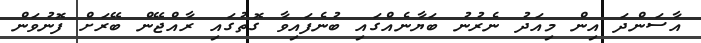
އާސަންދަ އިން މިއަދު ނެރުނު ބަޔާނެއްގައި ބުނެފައިވާ ގޮތުގައި ރާއްޖޭން ބޭރަށް ފޮނުވަން